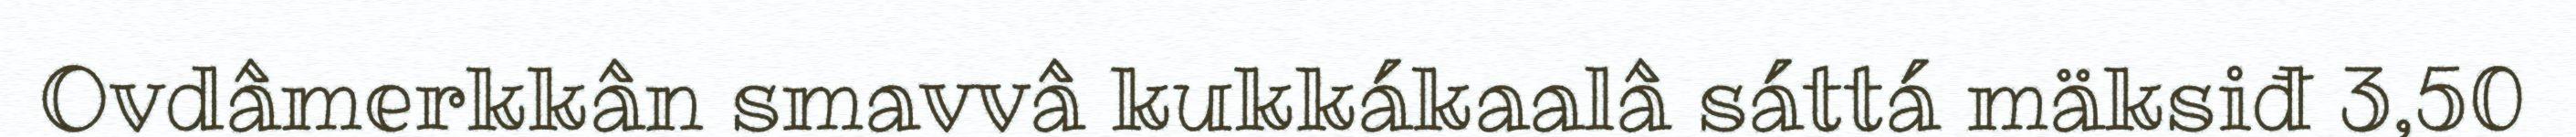
Ovdâmerkkân smavvâ kukkákaalâ sáttá mäksiđ 3,50